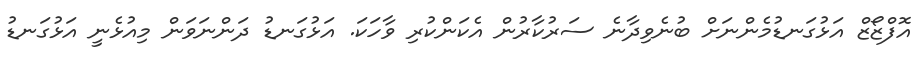
އޮފްޒޯޒް އަޅުގަނޑުމެންނަށް ބުނެވިދާނެ ސަރުކާރުން އެކަންކުރި ވާހަކަ. އަޅުގަނޑު ދަންނަވަން މިއުޅެނީ އަޅުގަނޑު